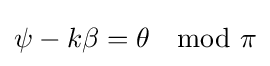
\psi -k\beta =\theta \mod \pi